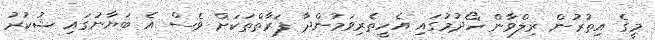
މީގެ އިތުރުން ރިލްވާން ހޯދުމުގައި އެހީތެރިވަމުންދާ ފަރާތްތަކަށް ވެސް އެ ބަޔާނުގައި ޝުކުރު